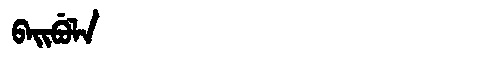
Manchu: ᠪᠠᡳᠪᡠᠯᠠ
Romanization: BAIBULA